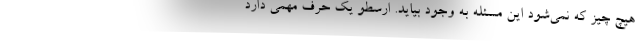
هیچ چیز که نمی‌شود این مسئله به وجود بیاید. ارسطو یک حرف مهمی دارد